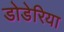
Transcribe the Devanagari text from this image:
डोडेरिया